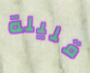
قليلة